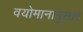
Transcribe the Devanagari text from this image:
वयोमानानुसार